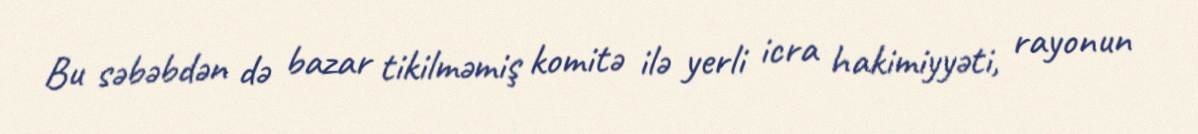
Bu səbəbdən də bazar tikilməmiş komitə ilə yerli icra hakimiyyəti, rayonun